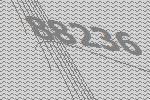
88236